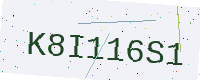
Text: K8I116S1